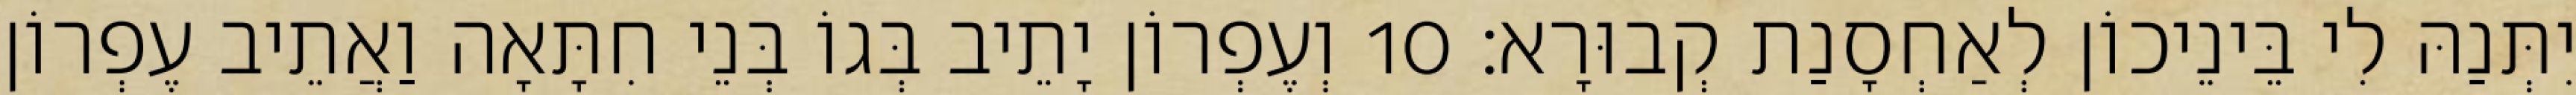
יִתְּנַהּ לִי בֵּינֵיכוֹן לְאַחְסָנַת קְבוּרָא׃ 10 וְעֶפְרוֹן יָתֵיב בְּגוֹ בְּנֵי חִתָּאָה וַאֲתֵיב עֶפְרוֹן